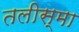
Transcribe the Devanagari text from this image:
तलीस्‍मा